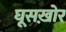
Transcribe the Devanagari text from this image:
घूसख़ोर